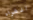
الشراء